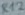
Text: R12